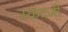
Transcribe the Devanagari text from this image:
स्कंदजी